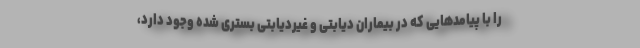
را با پیامدهایی که در بیماران دیابتی و غیردیابتی بستری شده وجود دارد،